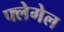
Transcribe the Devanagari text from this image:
फ्लेगेल